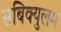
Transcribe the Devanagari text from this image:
सबिक्युलम